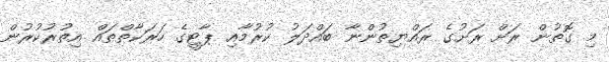
މި ގޮތުން ރަށް ރަށުގެ ރައްޔިތުންނާ ބައްދަލު ކުރުމާއި ޕާޓީގެ ހަރަކާތްތައް އިތުރުކުރުން